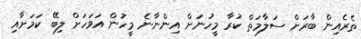
ތެރެއިން ބާރަށް ސަލާމަތް ކުރާ މީހުނަށް އިންނާނެ މީހުން އަވަހަށް ލިބޭ ކަމަށާއި